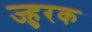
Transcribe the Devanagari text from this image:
ज्हुरक